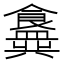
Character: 𬲟